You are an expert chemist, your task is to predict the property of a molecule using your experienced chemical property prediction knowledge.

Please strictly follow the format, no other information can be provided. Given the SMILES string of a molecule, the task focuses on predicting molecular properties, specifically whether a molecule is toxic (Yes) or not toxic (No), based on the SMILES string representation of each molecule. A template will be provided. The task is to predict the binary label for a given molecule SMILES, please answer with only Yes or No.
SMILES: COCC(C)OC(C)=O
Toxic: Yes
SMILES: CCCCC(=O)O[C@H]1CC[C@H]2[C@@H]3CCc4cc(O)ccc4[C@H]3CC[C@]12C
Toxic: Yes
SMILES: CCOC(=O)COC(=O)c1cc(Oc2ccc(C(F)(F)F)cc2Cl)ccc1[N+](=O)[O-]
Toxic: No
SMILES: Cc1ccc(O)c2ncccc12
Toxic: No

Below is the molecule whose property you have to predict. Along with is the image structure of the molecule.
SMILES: CNC(=O)Oc1ccccc1OC(C)C
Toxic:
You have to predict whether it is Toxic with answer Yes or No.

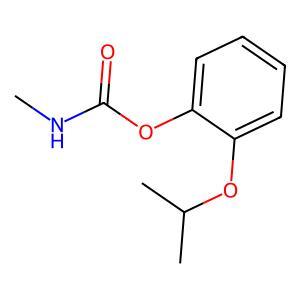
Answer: No